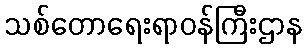
သစ်တောရေးရာဝန်ကြီးဌာန